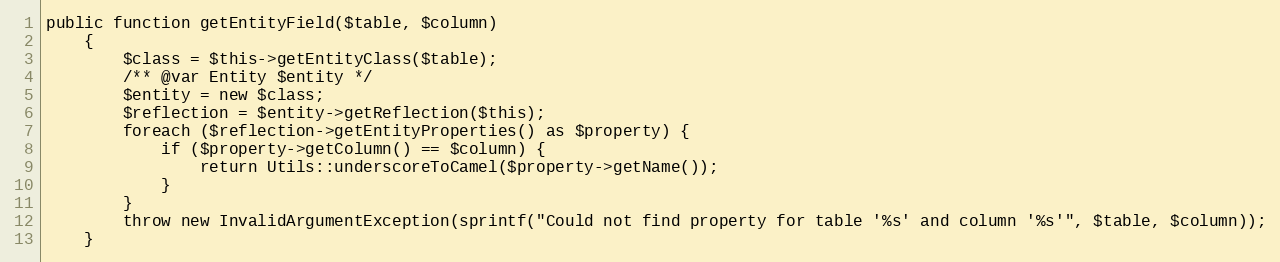
Language: PHP
public function getEntityField($table, $column)
    {
        $class = $this->getEntityClass($table);
        /** @var Entity $entity */
        $entity = new $class;
        $reflection = $entity->getReflection($this);
        foreach ($reflection->getEntityProperties() as $property) {
            if ($property->getColumn() == $column) {
                return Utils::underscoreToCamel($property->getName());
            }
        }
        throw new InvalidArgumentException(sprintf("Could not find property for table '%s' and column '%s'", $table, $column));
    }